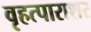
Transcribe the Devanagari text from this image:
वृहत्पाराशर